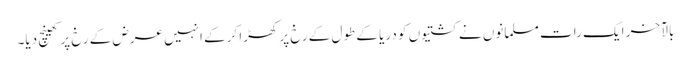
بالآخر ایک رات مسلمانوں نے کشتیوں کو دریا کے طول کے رخ پر کھڑا کرکے انہیں عرض کے رخ پر کھینچ دیا۔